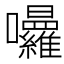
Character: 𭍒